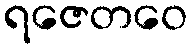
ရဇေတဝေ